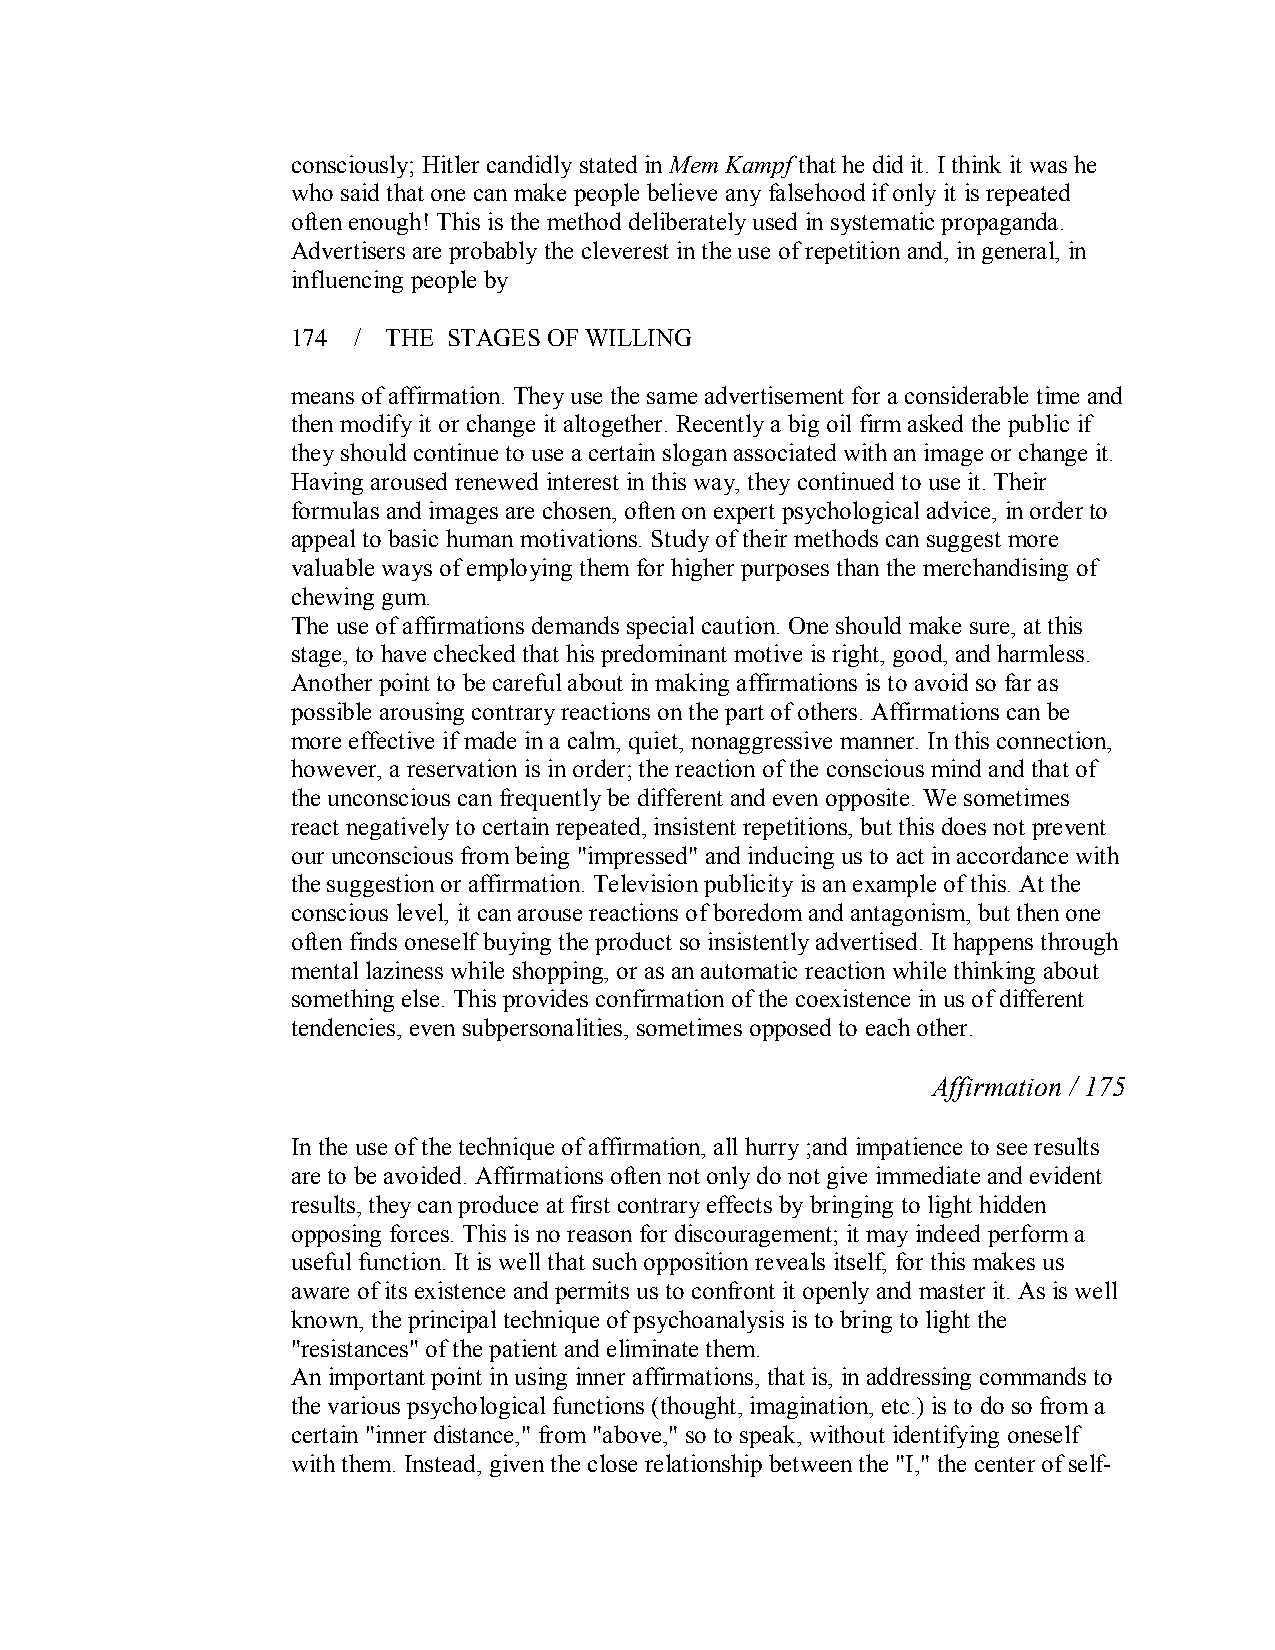
consciously; Hitler candidly stated inMem Kampf that he did it. I think it was he
 who said that one can make people believe any falsehood if only it is repeated
 often enough! This is the method deliberately used in systematic propaganda.
 Advertisers are probably the cleverest in the use of repetition and, in general, in
 influencing people by
 174 / THE  STAGES OF WILLING
 means of affirmation. They use the same advertisement for a considerable time and
 then modify it or change it altogether. Recently a big oil firm asked the public if
 they should continue to use a certain slogan associated with an image or change it.
 Having aroused renewed interest in this way, they continued to use it. Their
 formulas and images are chosen, often on expert psychological advice, in order to
 appeal to basic human motivations. Study of their methods can suggest more
 valuable ways of employing them for higher purposes than the merchandising of
 chewing gum.
 The use of affirmations demands special caution. One should make sure, at this
 stage, to have checked that his predominant motive is right, good, and harmless.
 Another point to be careful about in making affirmations is to avoid so far as
 possible arousing contrary reactions on the part of others. Affirmations can be
 more effective if made in a calm, quiet, nonaggressive manner. In this connection,
 however, a reservation is in order; the reaction of the conscious mind and that of
 the unconscious can frequently be different and even opposite. We sometimes
 react negatively to certain repeated, insistent repetitions, but this does not prevent
 our unconscious from being "impressed" and inducing us to act in accordance with
 the suggestion or affirmation. Television publicity is an example of this. At the
 conscious level, it can arouse reactions of boredom and antagonism, but then one
 often finds oneself buying the product so insistently advertised. It happens through
 mental laziness while shopping, or as an automatic reactionwhile thinking about
 something else. This provides confirmation of the coexistence in us of different
 tendencies, even subpersonalities, sometimes opposed to each other.
 Affirmation / 175
 In the use of the technique of affirmation, all hurry ;and impatience to see results
 are to be avoided. Affirmations often not only do not give immediate and evident
 results, they can produce at first contrary effects by bringing to light hidden
 opposing forces. This is no reason for discouragement; it may indeed performa
 useful function. It is well that such opposition reveals itself, for this makes us
 aware of its existence and permits us to confront it openly and master it. As is well
 known, the principal technique of psychoanalysis is to bring to light the
 "resistances" of the patient and eliminate them.
 An important point in using inner affirmations, that is, in addressing commands to
 the various psychological functions (thought, imagination, etc.) is to do so from a
 certain "inner distance," from "above," so to speak, without identifying oneself
 with them. Instead, given the close relationship between the "I," the center of self­